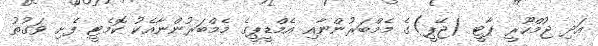
އަދި ޖުމްހޫރީ ޕާޓީ (ޖޭޕީ)ގެ މެމްބަރުންނާއި އެމްޑީޕީގެ މެމްބަރުންނާއެކު ކޮމެޓީ ފެށި ވަގުތު